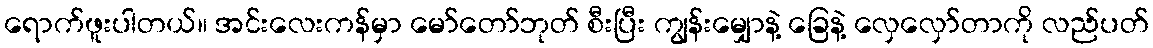
ရောက်ဖူးပါတယ်။ အင်းလေးကန်မှာ မော်တော်ဘုတ် စီးပြီး ကျွန်းမျှောနဲ့ ခြေနဲ့ လှေလှော်တာကို လည်ပတ်